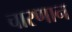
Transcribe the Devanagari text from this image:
चारणान